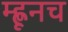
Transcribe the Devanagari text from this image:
म्ह्णूनच